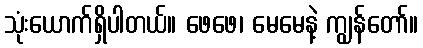
သုံးယောက်ရှိပါတယ်။ ဖေဖေ၊ မေမေနဲ့ ကျွန်တော်။